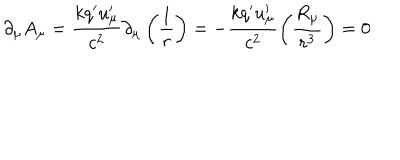
\partial _ { \mu } A _ { \mu } = \frac { k q ^ { \prime } u _ { \mu } ^ { \prime } } { c ^ { 2 } } \partial _ { \mu } \left( \frac 1 r \right) = - \frac { k q ^ { \prime } u _ { \mu } ^ { \prime } } { c ^ { 2 } } \left( \frac { R _ { \mu } } { r ^ { 3 } } \right) = 0